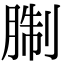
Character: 𦜋